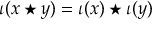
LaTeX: \iota ( x \star y ) = \iota ( x ) \star \iota ( y )